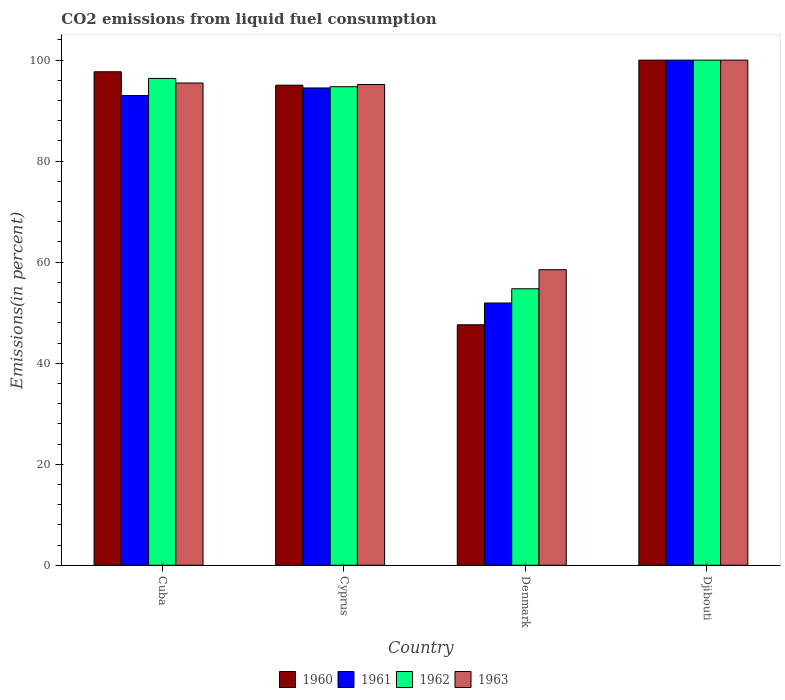
| Country | 1960 | 1961 | 1962 | 1963 |
 | --- | --- | --- | --- | --- |
 | Cuba | 97.7 | 93 | 96.4 | 95.5 |
 | Cyprus | 95 | 94.5 | 94.7 | 95.2 |
 | Denmark | 47.6 | 51.9 | 54.7 | 58.5 |
 | Djibouti | 100 | 100 | 100 | 100 |